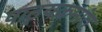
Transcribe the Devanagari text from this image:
पाठ्यक्रमांत